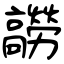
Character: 髝